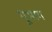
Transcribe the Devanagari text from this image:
मूभाग